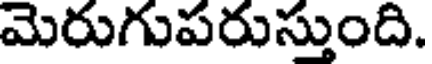
మెరుగుపరుస్తుంది.